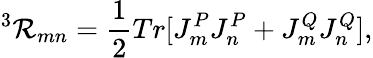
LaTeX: ^3\mathcal{R}_{mn}=\frac{{1}}{{2}}Tr[J_{m}^{P}J_{n}^{P}+J_{m}^{Q}J_{n}^{Q}],